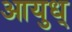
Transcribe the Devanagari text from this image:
आयुध्